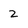
Character: 2